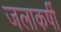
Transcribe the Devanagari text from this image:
जलाकर्षी